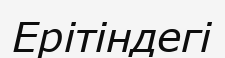
Ерітіндегі